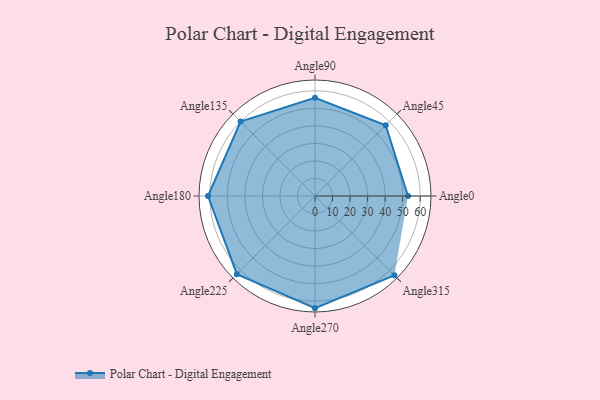
{"axis": {"x": "Angle", "y": "Radius"}, "legend": [""], "data": [{"x": "Angle0", "y": 53.0, "type": ""}, {"x": "Angle45", "y": 57.0, "type": ""}, {"x": "Angle90", "y": 56.0, "type": ""}, {"x": "Angle135", "y": 60.0, "type": ""}, {"x": "Angle180", "y": 61.0, "type": ""}, {"x": "Angle225", "y": 63.0, "type": ""}, {"x": "Angle270", "y": 64.0, "type": ""}, {"x": "Angle315", "y": 64.0, "type": ""}]}